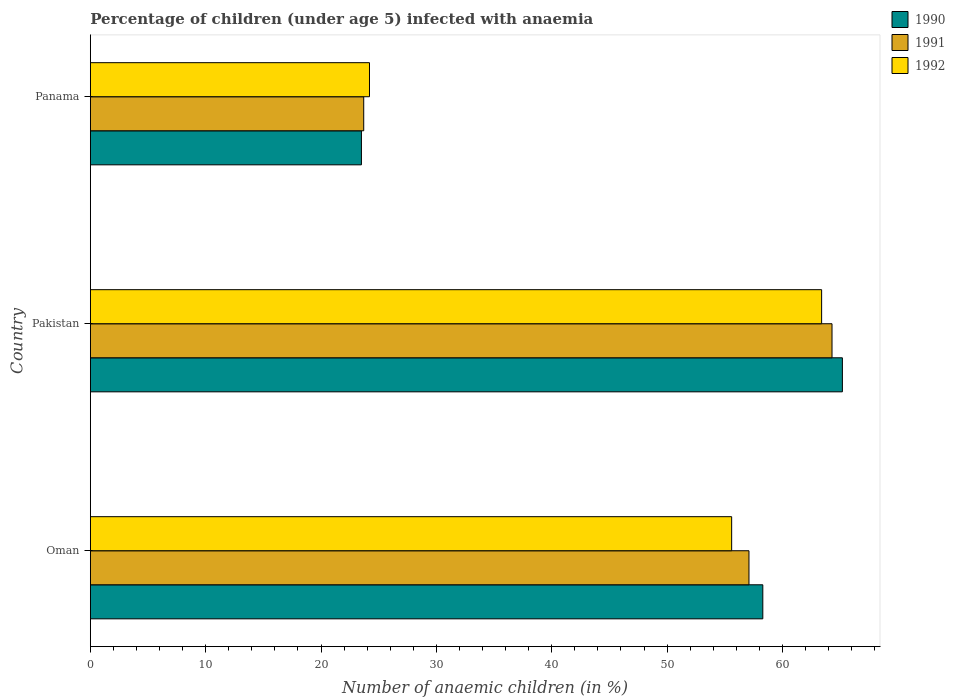
| Country | 1990 | 1991 | 1992 |
 | --- | --- | --- | --- |
 | Oman | 58.3 | 57.1 | 55.6 |
 | Pakistan | 65.2 | 64.3 | 63.4 |
 | Panama | 23.5 | 23.7 | 24.2 |